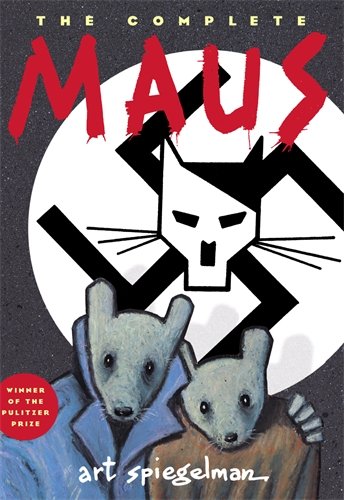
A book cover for Maus: A Survivor's Tale; Art Spiegelman; Comics & Graphic Novels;